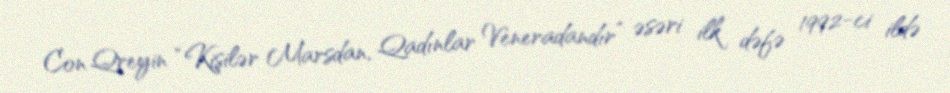
Con Qreyin “Kişilər Marsdan, Qadınlar Veneradandır” əsəri ilk dəfə 1992-ci ildə